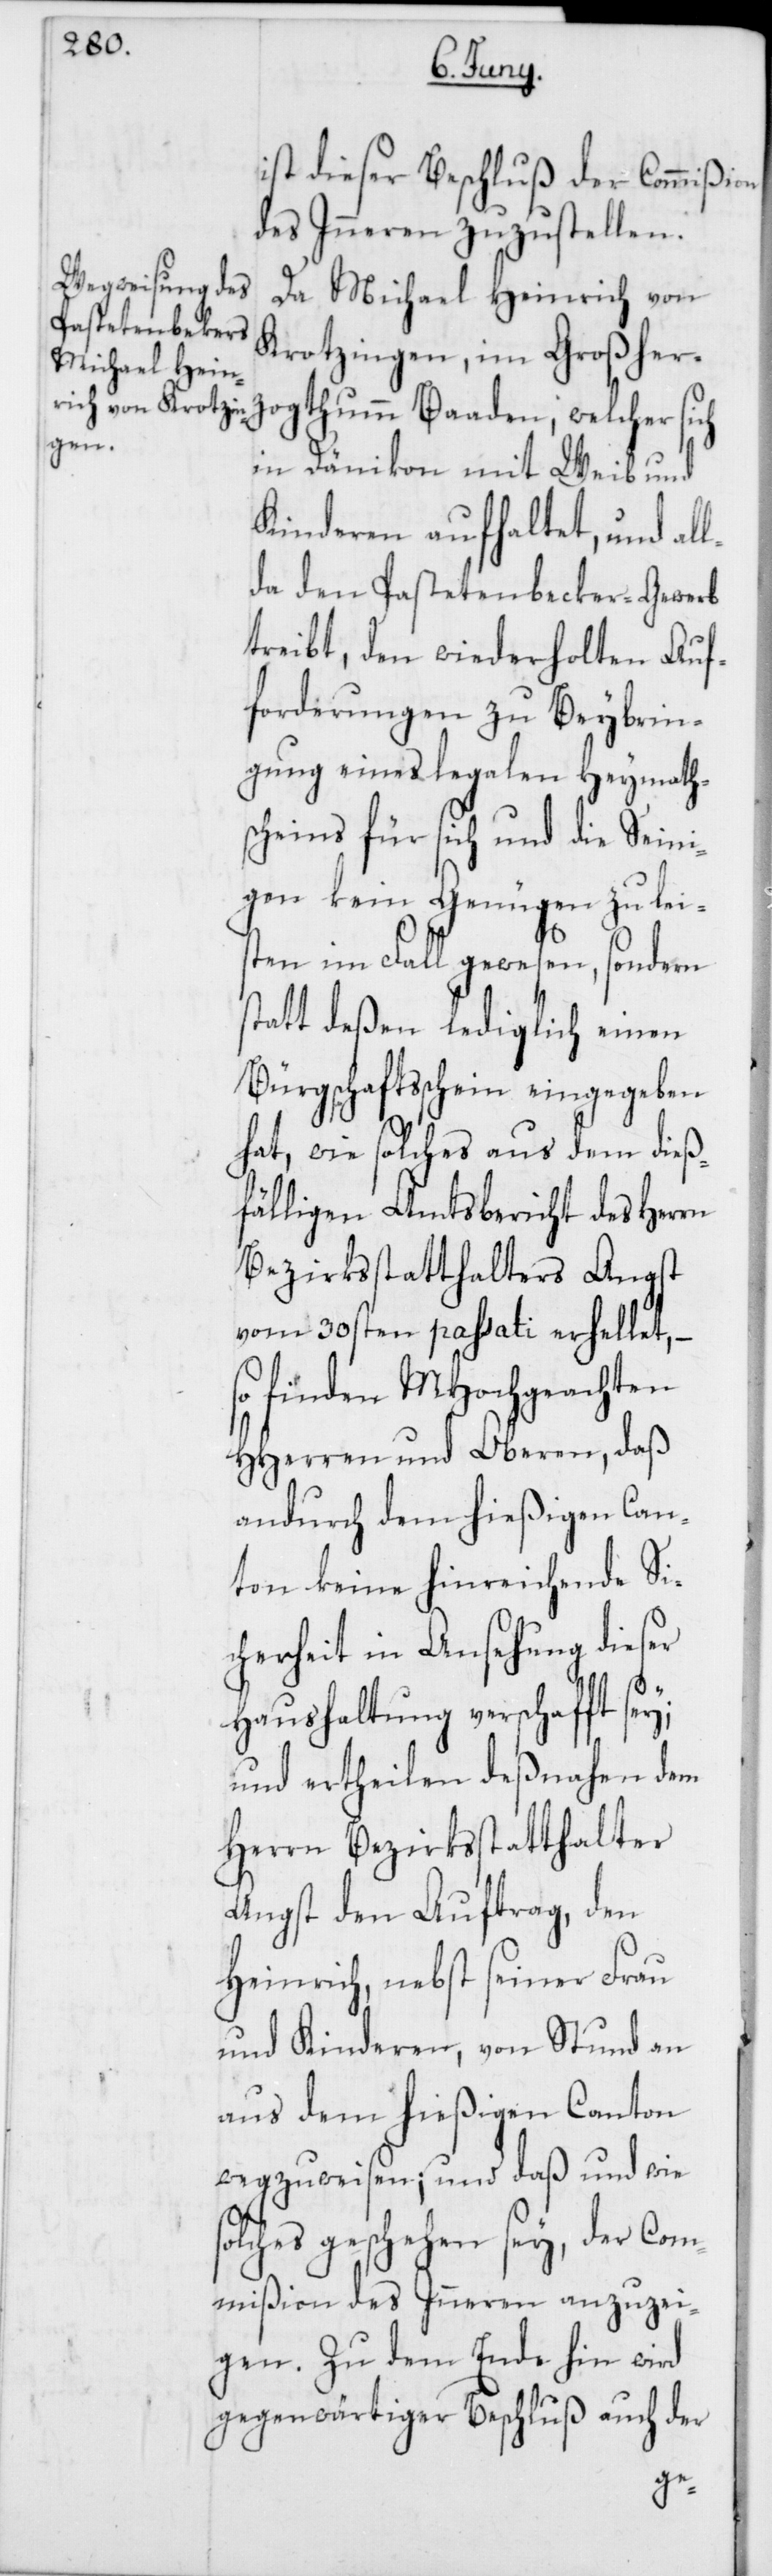
ist dieser Beschluß der Commißion
des Inneren zuzustellen.
Da Michael Heinrich von
Krotzingen, im Großher¬
in Dänikon mit Weib und
Kinderen aufhaltet, und al¬
lda den Pastetenbecker-Gewerb
treibt, den wiederholten Auf¬
forderungen zu Beybrin¬
gung eines legalen Heymath¬
scheins für sich und die Seini¬
gen kein Genügen zu leis¬
ten im Fall gewesen, sondern
statt deßen lediglich einen
Bürgschaftsschein eingegeben
hat, wie solches aus dem dieß¬
fälligen Amtsbericht des Herrn
Bezirksstatthalters Angst
vom 30sten passati erhellet,
so finden MHochgeachten
HHerren und Oberen, daß
andurch dem hießigen Can¬
ton keine hinreichende Si¬
cherheit in Ansehung dieser
Haushaltung verschafft sey;
und ertheilen desnahen dem
Herrn Bezirksstatthalter
Angst den Auftrag, den
Heinrich, nebst seiner Frau
und Kinderen, von Stund an
aus dem hießigen Canton
wegzuweisen; und daß und wie
olches geschehen sey, der Com¬
mißion des Inneren anzuzei¬
gen. Zu dem Ende hin wird
gegenwärtiger Beschluß auch der
s¬